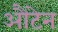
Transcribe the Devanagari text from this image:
औटेन